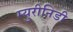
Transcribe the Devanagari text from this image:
म्युरीनिडी